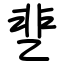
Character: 㐟